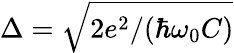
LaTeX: \Delta=\sqrt{2e^{2}/(\hbar\omega_{0}C)}